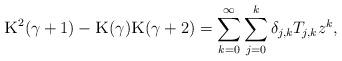
LaTeX: \begin{align*}\textsc{K}^2(\gamma+1)-\textsc{K}(\gamma)\textsc{K}(\gamma+2)=\sum_{k=0}^\infty\sum_{j=0}^k \delta_{j,k}T_{j,k}z^k,\end{align*}